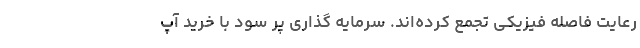
رعایت فاصله فیزیکی تجمع کرده‌اند. سرمایه­ گذاری پر سود با خرید آپ